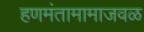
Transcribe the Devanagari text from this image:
हणमंतामामाजवळ